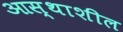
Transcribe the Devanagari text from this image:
आस्थाशील